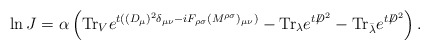
\begin{align*}\ln J = \alpha \left( \mbox{Tr}_{V} e^{t ((D_\mu)^2\delta_{\mu\nu} -i F_{\rho\sigma}(M^{\rho\sigma})_{\mu\nu})} - \mbox{Tr}_{\lambda} e^{t {\not D}^{2}} - \mbox{Tr}_{\bar{\lambda}} e^{t {\not D}^{2}} \right) .\end{align*}